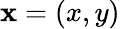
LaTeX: \textbf{x}=(x,y)